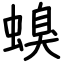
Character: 螑